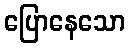
ပြောနေသော